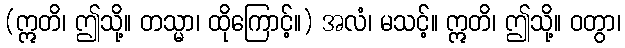
(ဣတိ၊ ဤသို့။ တသ္မာ၊ ထိုကြောင့်။) အလံ၊ မသင့်။ ဣတိ၊ ဤသို့။ ဝတွာ၊